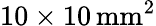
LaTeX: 10\times 10\, \mathrm{mm^{2}}